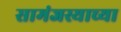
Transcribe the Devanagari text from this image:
सामंजस्याच्या